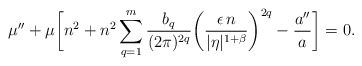
\begin{align*}\mu ''+\mu \biggl[n^2+n^2\sum _{q=1}^{m}\frac{b_q}{(2\pi )^{2q}}\biggl(\frac{\epsilon \, n}{\vert \eta \vert ^{1+\beta }}\biggr)^{2q}-\frac{a''}{a}\biggr]=0.\end{align*}